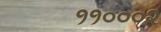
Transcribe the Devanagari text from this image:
११०००२